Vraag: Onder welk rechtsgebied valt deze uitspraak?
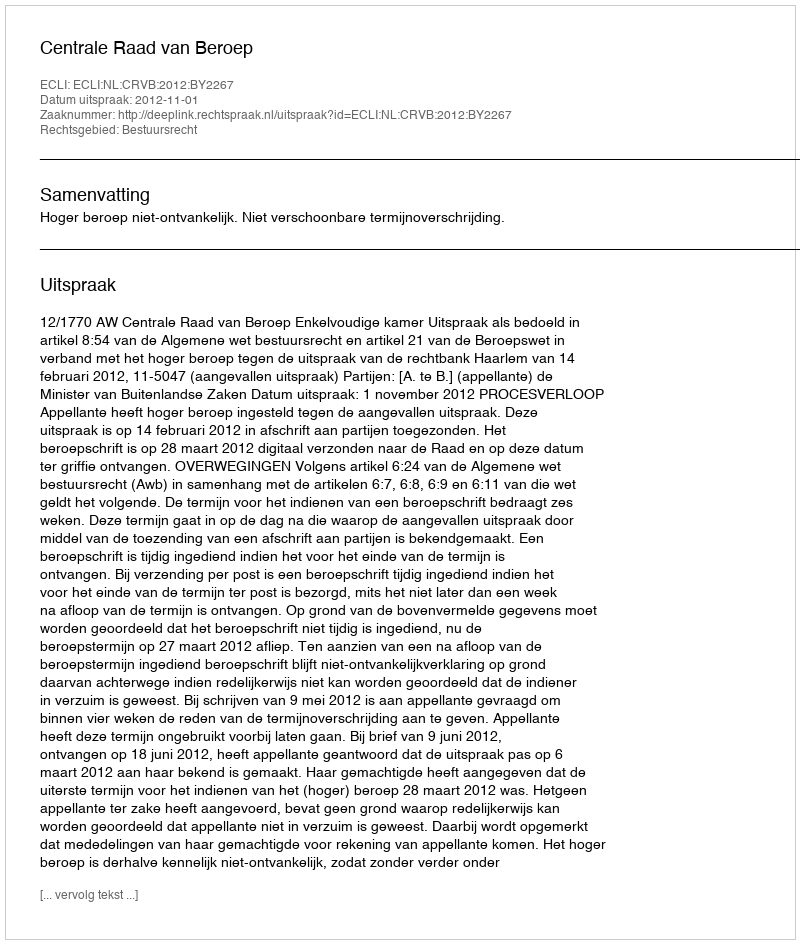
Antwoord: Bestuursrecht